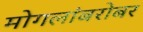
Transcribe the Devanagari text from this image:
मोगलांबरोबर